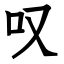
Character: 叹